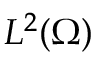
L ^ { 2 } ( \Omega )